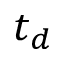
t _ { d }